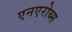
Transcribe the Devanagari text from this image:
एनएरोब्स